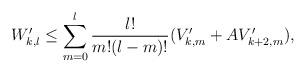
LaTeX: \begin{align*} W ' _ { k , l } \le \sum _ { m = 0 } ^ l \frac { l ! } { m ! ( l - m ) ! } ( V ' _ { k , m } + A V ' _ { k + 2 , m } ) ,\end{align*}